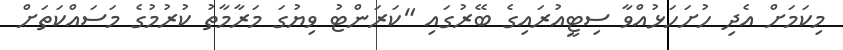
މިކަމަށް އެދި ހުށަހަޅުއްވާ ސިޓީއުރައިގެ ބޭރުގައި "ކަރަންޓު ވިޔުގަ މަރާމާތު ކުރުމުގެ މަސައްކަތަށް